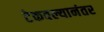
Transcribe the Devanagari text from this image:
टेकवल्यानंतर